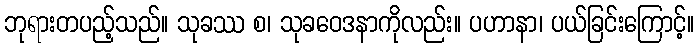
ဘုရားတပည့်သည်။ သုခဿ စ၊ သုခဝေဒနာကိုလည်း။ ပဟာနာ၊ ပယ်ခြင်းကြောင့်။